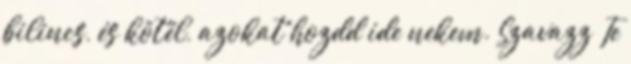
bilincs, és kötél, azokat hozdd ide nekem. Szavazz Te